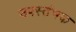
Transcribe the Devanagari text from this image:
उपस्तंभक